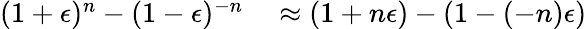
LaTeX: \begin{array}{rl}{(1+\epsilon)^{n}-(1-\epsilon)^{-n}}&{{}\approx(1+n\epsilon)-(1-(-n)\epsilon)}\end{array}